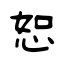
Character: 恕